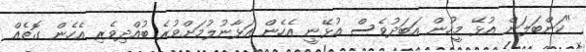
"ކަންބަލަން އުޅޭ މީހުން އަބަދުވެސް އުޅޭނީ އެހެން އަޅާނުލުމަށްވުރެ ބުއްދިވެރި އެހެން ގޮތެއް